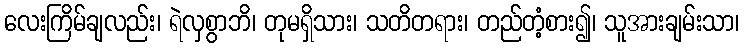
လေးကြိမ်ချလည်း၊ ရဲလှစွာဘိ၊ တုမရှိသား၊ သတိတရား၊ တည်တံ့စား၍၊ သူအားချမ်းသာ၊